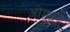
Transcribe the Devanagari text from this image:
ओक्कादु